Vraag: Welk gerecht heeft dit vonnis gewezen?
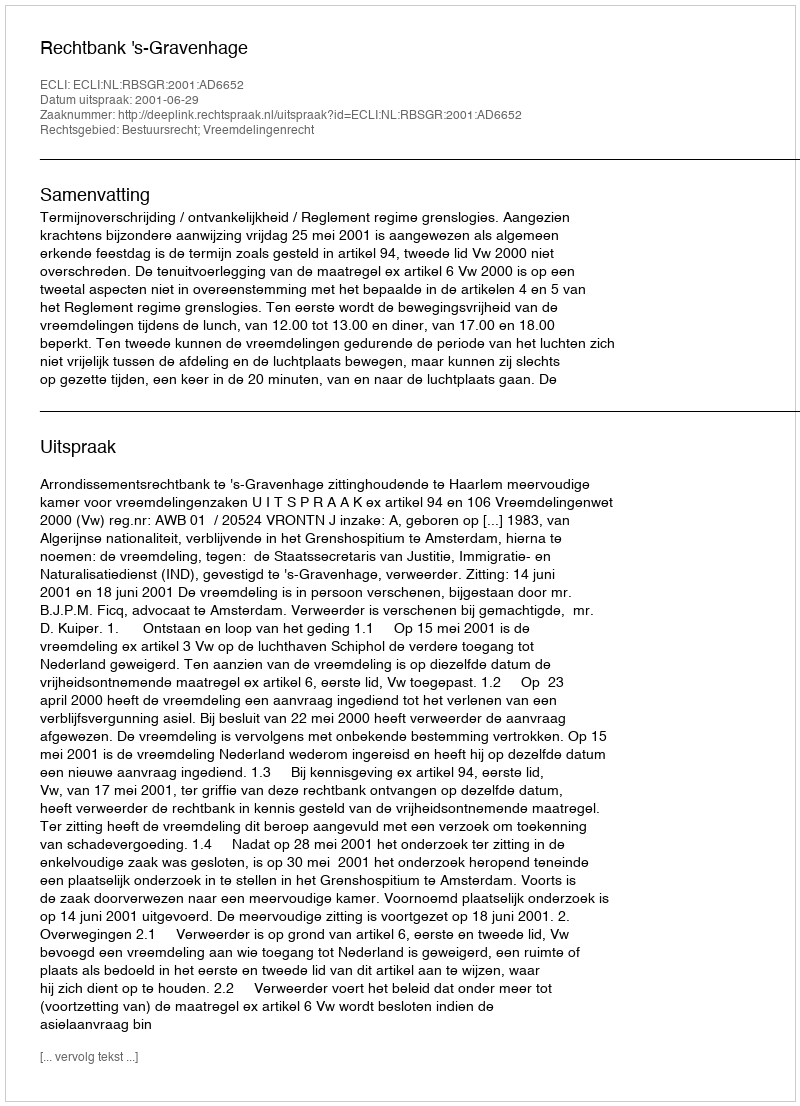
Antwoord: Rechtbank 's-Gravenhage